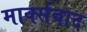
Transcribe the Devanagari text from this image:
मार्क्सबाद